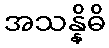
အသန္နိဓိ